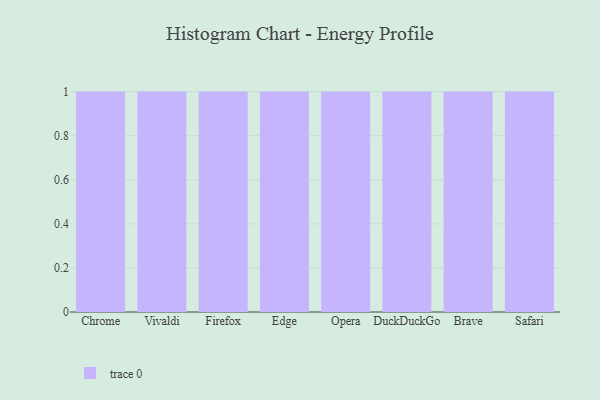
{"axis": {"x": "Browser", "y": "Energy Usage (MWh)"}, "legend": [""], "data": [{"x": "Chrome", "y": 90, "type": ""}, {"x": "Vivaldi", "y": 86, "type": ""}, {"x": "Firefox", "y": 72, "type": ""}, {"x": "Edge", "y": 29, "type": ""}, {"x": "Opera", "y": 37, "type": ""}, {"x": "DuckDuckGo", "y": 34, "type": ""}, {"x": "Brave", "y": 23, "type": ""}, {"x": "Safari", "y": 60, "type": ""}]}